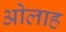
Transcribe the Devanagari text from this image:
ओलाह